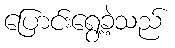
ပြောင်းရွေ့ခဲ့သည်